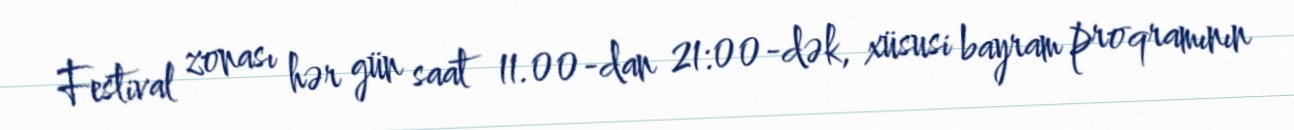
Festival zonası hər gün saat 11.00-dan 21:00-dək, xüsusi bayram proqramının